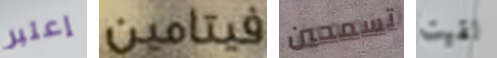
إعتبر فيتامين تسمحين لقيت